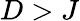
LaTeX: D>J